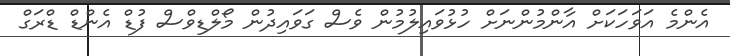
އެންމެ އަވަހަކަށް އާންމުންނަށް ހުޅުވައިލުމުން ވެސް ގަވައިދުން މޯލްޑިވްސް ފުޑް އެންޑް ޑްރަގް